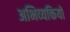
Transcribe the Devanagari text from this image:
अभिव्‍यक्तियों